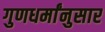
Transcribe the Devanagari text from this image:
गुणधर्मांनुसार